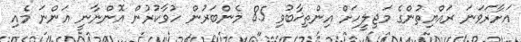
އަށާރަވަނަ ރައްޔިތުންގެ މަޖިލީހަށް އިންތިޚާބުވި 85 މެންބަރުން ހުވާކުުރުން އޮންނާނީ އަންނަ މެއި